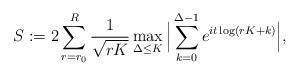
LaTeX: \begin{align*}S:=2\sum_{r=r_0}^R \frac{1}{\sqrt{rK}} \max_{\Delta \le K}\Big|\sum_{k =0}^{\Delta-1} e^{it\log (rK+k)}\Big|, \end{align*}